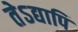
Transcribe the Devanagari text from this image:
तेऽद्यापि